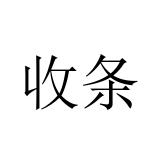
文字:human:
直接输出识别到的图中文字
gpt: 收条